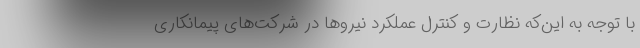
با توجه به این‌که نظارت و کنترل عملکرد نیروها در شرکت‌های پیمانکاری